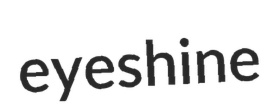
eyeshine